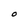
Character: O